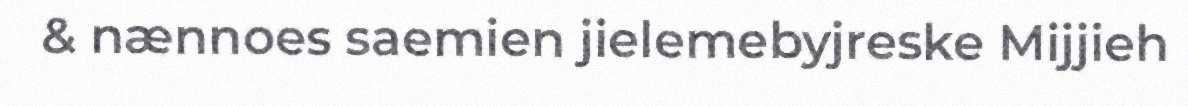
& nænnoes saemien jielemebyjreske Mijjieh